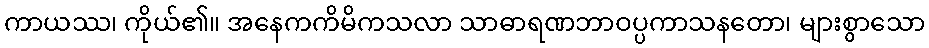
ကာယဿ၊ ကိုယ်၏။ အနေကကိမိကသလာ သာဓာရဏဘာဝပ္ပကာသနတော၊ များစွာသော